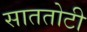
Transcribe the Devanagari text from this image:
साततोटी